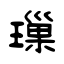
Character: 璅